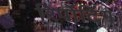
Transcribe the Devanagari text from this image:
रिर्पोटिंग